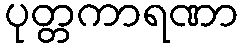
ပုတ္တကာရဏာ